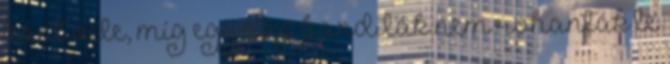
bánt vele, míg egy nap banditák nem rohanták le